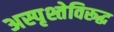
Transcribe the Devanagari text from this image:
अस्पृश्तेविरूद्ध